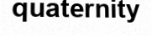
quaternity